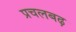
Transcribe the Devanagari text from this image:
प्रचलबढ़